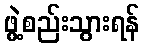
ဖွဲ့စည်းသွားရန်